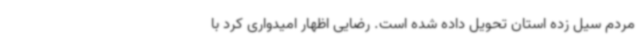
مردم سیل زده استان تحویل داده شده است. رضایی اظهار امیدواری کرد با